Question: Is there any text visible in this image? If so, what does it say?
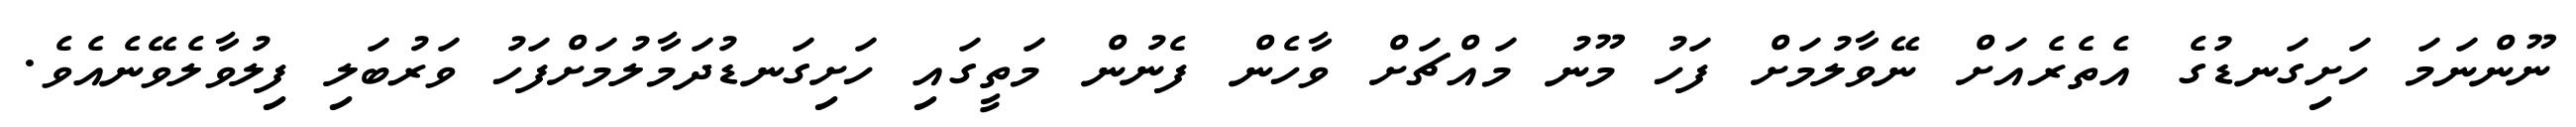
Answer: ނޫންނަމަ ހަށިގަނޑުގެ އެތެރެއަށް ނޭވާލުމަށް ފަހު މޫނު މައްޗަށް ވާހެން ފެނުން މަތީގައި ހަށިގަނޑުދަމާލުމަށްފަހު ވަރުބަލި ފިލުވާލެވޭނެއެވެ.